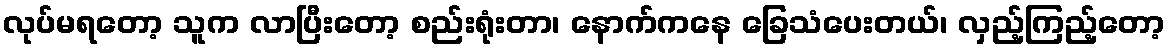
လုပ်မရတော့ သူက လာပြီးတော့ စည်းရုံးတာ၊ နောက်ကနေ ခြေသံပေးတယ်၊ လှည့်ကြည့်တော့